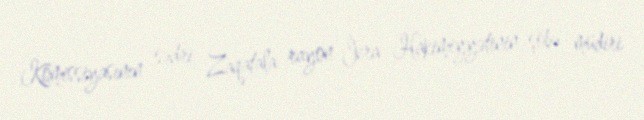
Komissiyasının sədri, Zaqatala rayon İcra Hakimiyyətinin şöbə müdiri